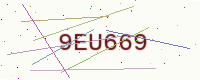
Text: 9EU669